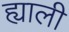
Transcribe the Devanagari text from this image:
ह्याली